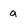
Character: g